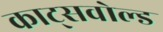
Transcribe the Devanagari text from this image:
काट्सवोल्ड